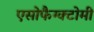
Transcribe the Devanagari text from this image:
एसोफैग्क्टोमी